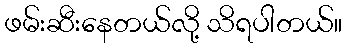
ဖမ်းဆီးနေတယ်လို့ သိရပါတယ်။